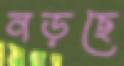
নড়ছে